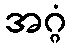
အဂ္ဂံ